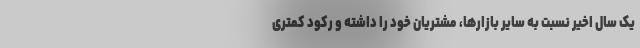
یک سال اخیر نسبت به سایر بازارها، مشتریان خود را داشته و رکود کمتری